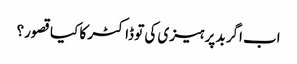
اب اگر بد پرہیزی کی تو ڈاکٹر کا کیا قصور؟